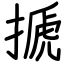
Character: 搋